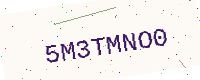
Text: 5M3TMNO0